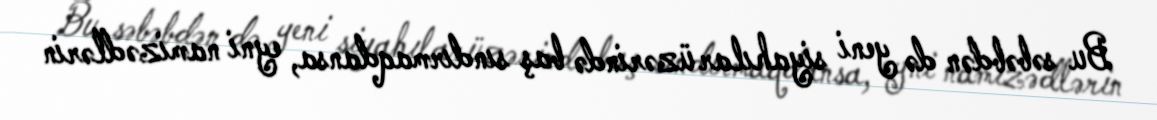
Bu səbəbdən də yeni siyahılar üzərində baş sındırmaqdansa, eyni namizədlərin